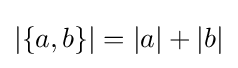
|\{a,b\}|=|a|+|b|